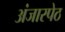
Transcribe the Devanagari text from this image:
अंजारपेठ